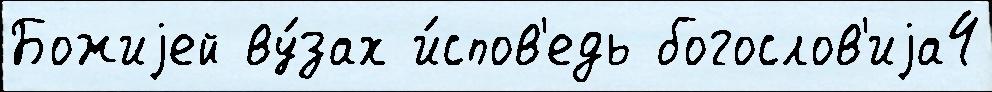
Божиjей ву́зах и́спов'едь богослов'иjа4